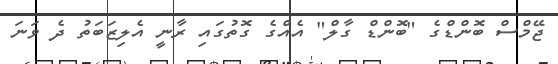
ޖޭމްސް ބޮންޑްގެ "ބޮންޑް ގާލް" އެއްގެ ގޮތުގައި ރާނީ އެލިޒަބަތު ދެ ވަނަ